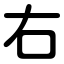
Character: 右